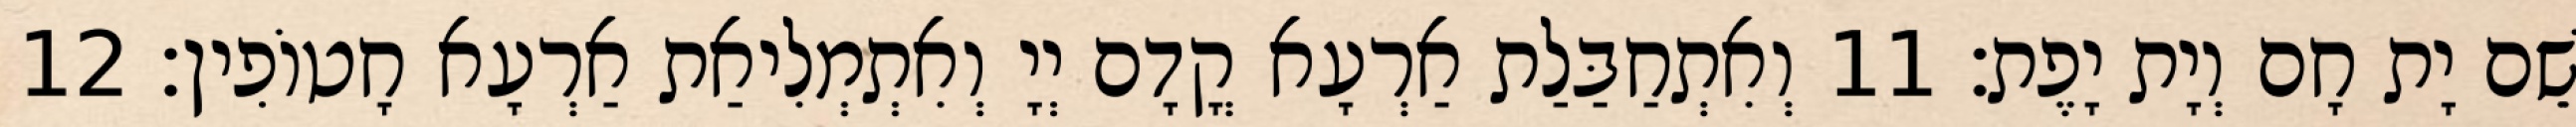
שֵׁם יָת חָם וְיָת יָפֶת׃ 11 וְאִתְחַבַּלַת אַרְעָא קֳדָם יְיָ וְאִתְמְלִיאַת אַרְעָא חָטוֹפִין׃ 12